Tezpur Lunatic Asylum reports 1877-1894 - 1877-1894
Year: 1877
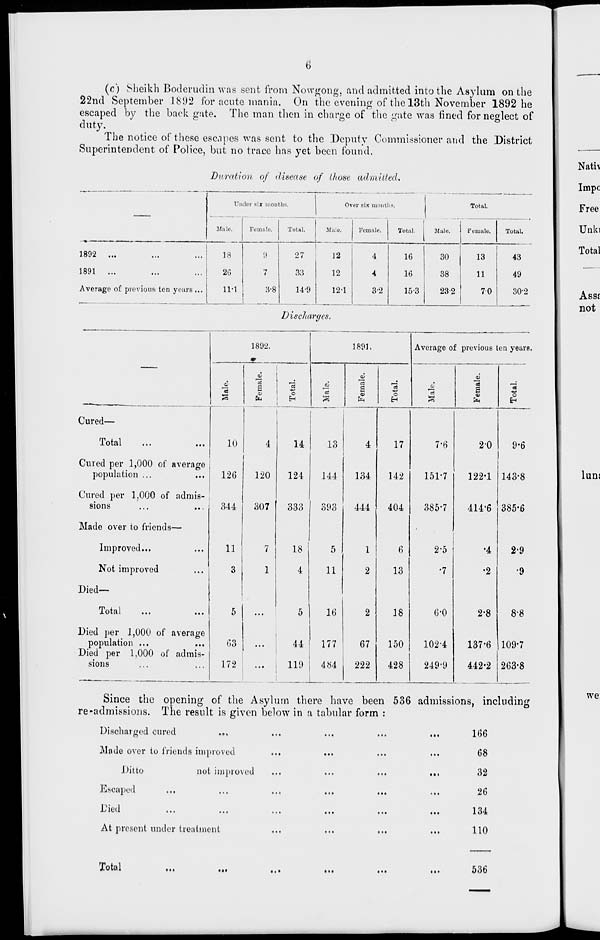
(c) Sheikh Boderudin was sent from Nowgong, and admitted into the Asylum on the
22nd September 1892 for acute mania. On the evening of the 13th November 1892 he
escaped by the back gate. The man then in charge of the gate was fined for neglect of
duty.
The notice of these escapes was sent to the Deputy Commi.ssioner and the District
Superintendent of Police, but no trace has yet been found.
Duration of disease of those admitted.
Un der six months.
Over six luontl IS.
Total.
Male.
Female.
Total.
Male.
Female.
Total.
Wale.
Female.
Total.
1892 ...
1891 ...
Average of previous ten years ...
18
20
11-1
9
7
3-8
27
33
14-9
12
12
12-1
4
4
3'2
16
16
15-3
30
38
232
13
11
70
43
49
30'2
Discharges.
1892.
1891.
Average o: : previous ten years.
6
13
3
Female.
"5
"o
EH
o3
"7s
S
13
o
EH
13
0)
13
S
13
"S
Cured—
Total
...
...
10
4
14
13
4
17
7-6
2-0
9-6
Cured per 1,000 of average
population ...
126
120
124
144
134
142
151-7
122-1 143-8
Cured per 1,000 of admis-
sions
344
307
333
393
444
404
385-7
414'6 385-6
Made over to friends—
•
Improved...
11
7
18
5
1
6
2-5
•4
2-9
Not improved
3
1
4
11
2
13
•7
•2
•9
Died—
Total
...
5
...
5
16
2
18
6-0
2-8
8S
Died per 1,000 of average
population ...
03
...
44
177
67
150
102-4
137-6 109-7
Died per 1,000 of admis-
sions
172
...
. 119
484
222
428
249-9
442-2 263-8
Since the opening of the Asylum there have been 536 admissions, including
re-admissions. The result is given below in a tabular form :
Discharged cured
..»
Made over to friends improved
Ditto
not improved
Escaped
At present under treatment
• •>
166
68
32
26
134
110
Nath
Impc
Free
Unki
Total
Assr
not
mnj
we
Total
•••
• . •
536